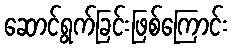
ဆောင်ရွက်ခြင်းဖြစ်ကြောင်း